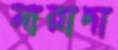
মান্নাদা